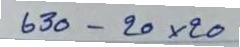
630 - 20x20